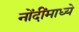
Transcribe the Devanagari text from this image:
नोंदींमाध्ये